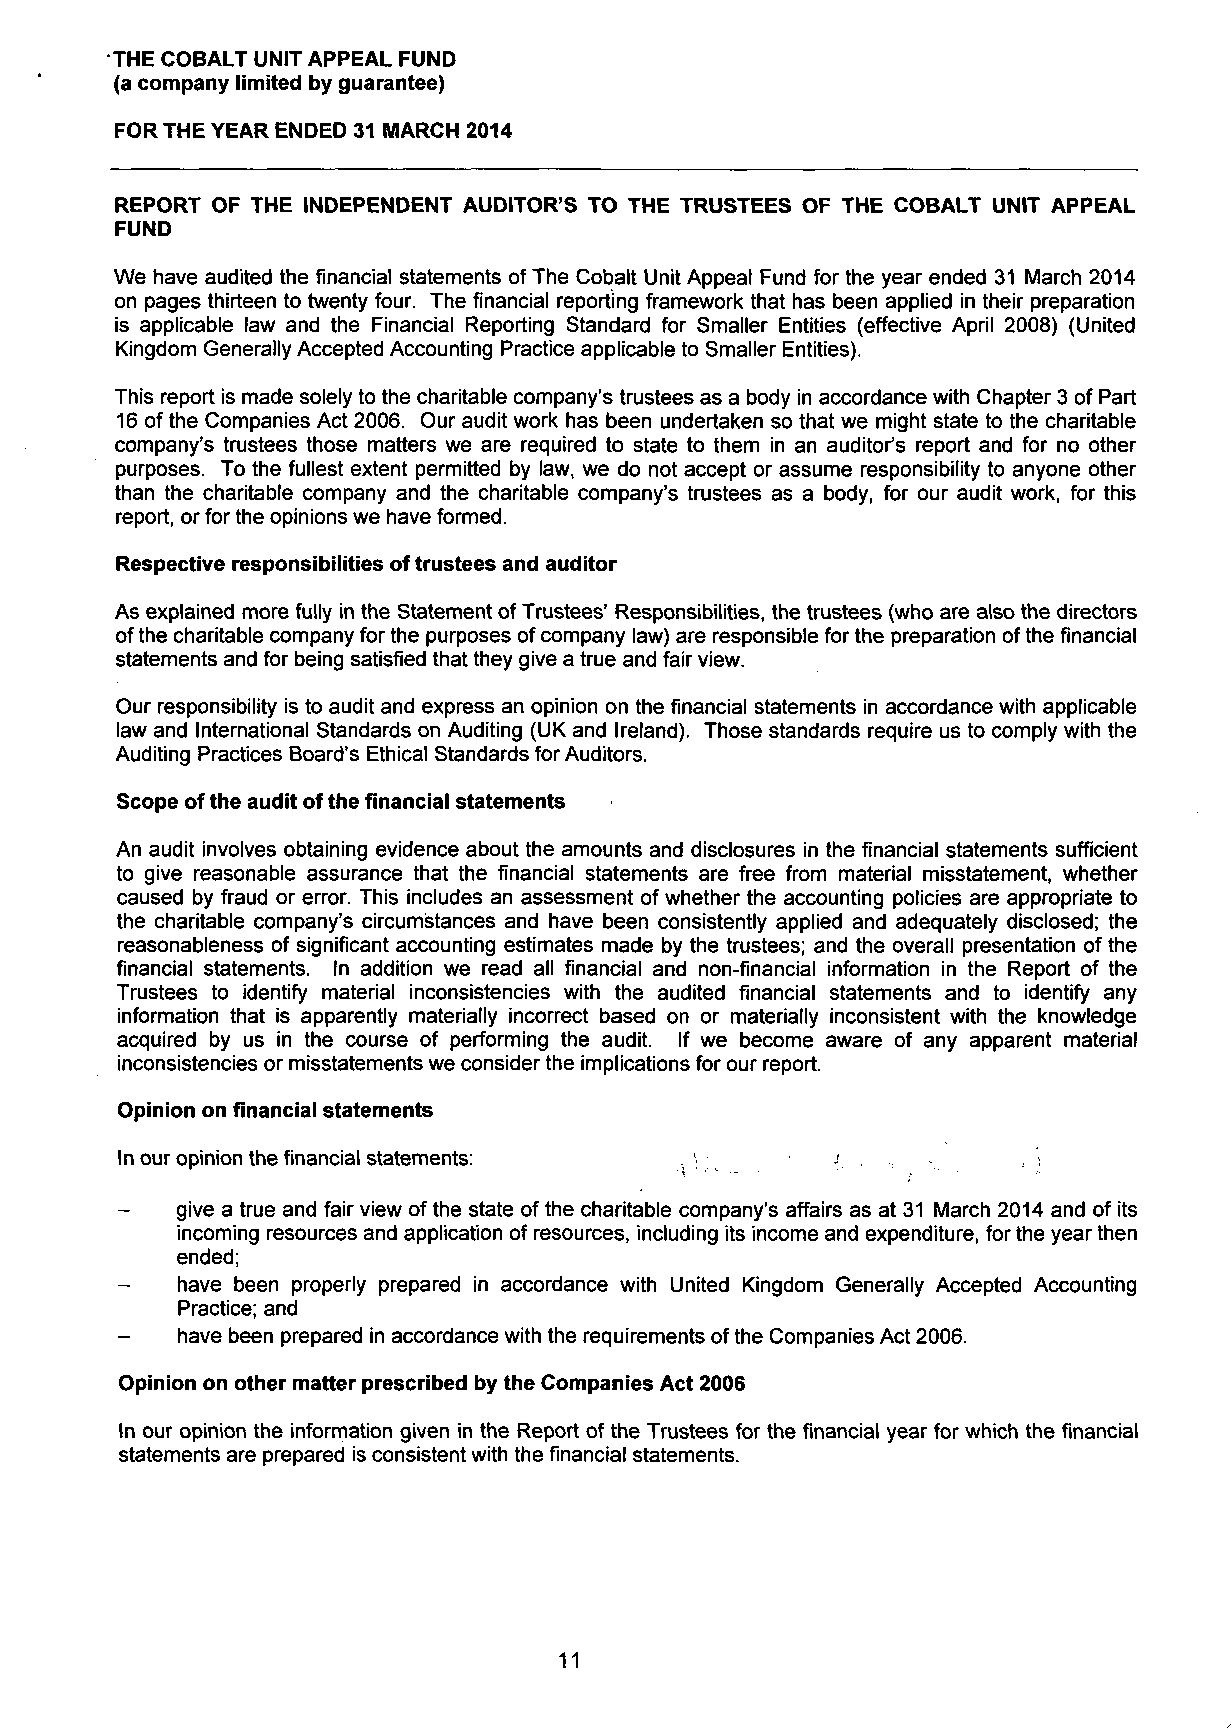
THE COBALT UNIT APPEAL FUND
 (a company limited by guarantee)
 FOR THE YEAR ENDED 31 MARCH 2014
 REPORT OF THE INDEPENDENT AUDITOR'S TO THE TRUSTEES OF THE COBALT UNIT APPEAL
 FUND
 We have audited the financial statements of The Cobalt Unit Appeal Fund for the year ended 31 March 2014
 on pages thirteen to twenty four. The financial reporting framework that has been applied in their preparation
 is applicable law and the Financial Reporting Standard for Smaller Entities (effective April 2008) (United
 Kingdom Generally Accepted Accounting Practice applicable to Smaller Entities).
 This report is made solely to the charitable company's trustees as a body in accordance with Chapter 3 of Part
 16 of the Companies Act 2006. Our audit work has been undertaken so that we might state to the charitable
 company's trustees those matters we are required to state to them in an auditor's report and for no other
 purposes. To the fullest extent permitted by law, we do not accept or assume responsibility to anyone other
 than the charitable company and the charitable company's trustees as a body, for our audit work, for this
 report, or for the opinions we have formed.
 Respective responsibilities of trustees and auditor
 As explained more fully in the Statement of Trustees' Responsibilities, the trustees (who are also the directors
 of the charitable company for the purposes of company law) are responsible for the preparation of the financial
 statements and for being satisfied that they give a true and fair view.
 Our responsibility is to audit and express an opinion on the financial statements in accordance with applicable
 law and International Standards on Auditing (UK and Ireland). Those standards require us to comply with the
 Auditing Practices Board's Ethical Standards for Auditors.
 Scope of the audit of the financial statements
 An audit involves obtaining evidence about the amounts and disclosures in the financial statements sufficient
 to give reasonable assurance that the financial statements are free from material misstatement, whether
 caused by fraud or error. This includes an assessment of whether the accounting policies are appropriate to
 the charitable company's circumstances and have been consistently applied and adequately disclosed; the
 reasonableness of significant accounting estimates made by the trustees; and the overall presentation of the
 financial statements. In addition we read all financial and non-financial information in the Report of the
 Trustees to identify material inconsistencies with the audited financial statements and to identify any
 information that is apparently materially incorrect based on or materially inconsistent with the knowledge
 acquired by us in the course of performing the audit. If we become aware of any apparent material
 inconsistencies or misstatements we consider the implications for our report.
 Opinion on financial statements
 In our opinion the financial statements:       f            \
 ;
 -   give a true and fair view of the state of the charitable company's affairs as at 31 March 2014 and of its
 incoming resources and application of resources, including its income and expenditure, for the year then
 ended;
 -   have been properly prepared in accordance with United Kingdom Generally Accepted Accounting
 Practice; and
 have been prepared in accordance with the requirements of the Companies Act 2006.
 Opinion on other matter prescribed by the Companies Act 2006
 In our opinion the information given in the Report of the Trustees for the financial year for which the financial
 statements are prepared is consistent with the financial statements.
 11